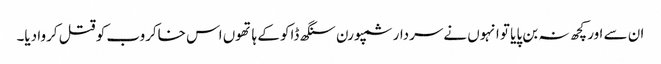
ان سے اور کچھ نہ بن پایا تو انہوں نےسردار سمپورن سنگھ ڈاکو کے ہاتھوں اس خاکروب کو قتل کروا دیا۔